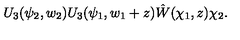
U _ { 3 } ( \psi _ { 2 } , w _ { 2 } ) U _ { 3 } ( \psi _ { 1 } , w _ { 1 } + z ) \hat { W } ( \chi _ { 1 } , z ) \chi _ { 2 } .